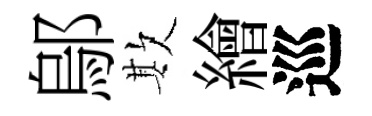
鄔欺繪巡